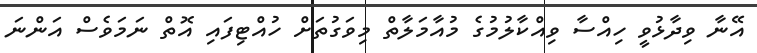
އޭނާ ވިދާޅުވީ ހިއްސާ ވިއްކާލުމުގެ މުއާމަލާތް މިވަގުތަށް ހުއްޓިފައި އޮތް ނަމަވެސް އަންނަ